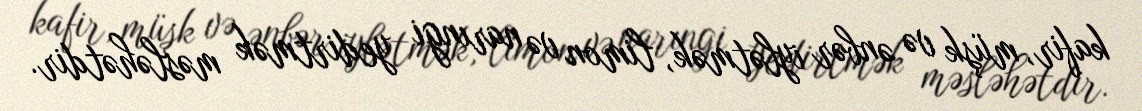
kafir, müşk və ənbər iylətmək, limon və narıngi yedirtmək məsləhətdir.